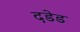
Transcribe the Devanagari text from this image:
दडेड